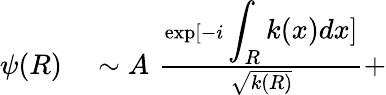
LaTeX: \begin{array}{rl}{\psi(R)}&{{}\sim A\, \, \frac{\exp[-i\displaystyle\int_{R}k(x)dx]}{\sqrt{k(R)}}+}\end{array}